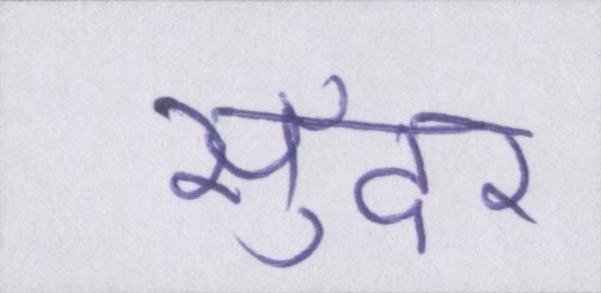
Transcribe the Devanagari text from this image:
सुँदर